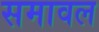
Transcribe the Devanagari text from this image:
समावल